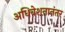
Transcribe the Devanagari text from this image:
अधिवेशनानंतर